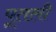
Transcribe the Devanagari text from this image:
पूतली